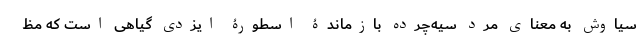
سیاوش به معنای مرد سیه‌چرده بازماندۀ اسطورۀ ایزدی گیاهی است که مظ